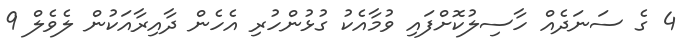
4 ގެ ސަނަދެއް ހާސިލުކޮށްފައި ވުމާއެކު ގުޅުންހުރި އެހެން ދާއިރާއަކުން ލެވެލް 9